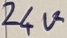
Text: 24V